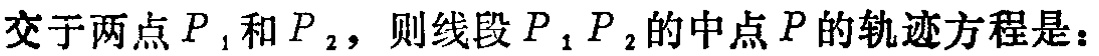
交于两点$P_{1}$和$P_{2}$，则线段$P_{1}P_{2}$的中点$P$的轨迹方程是：